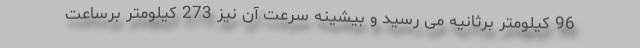
96 کیلومتر برثانیه می رسید و بیشینه سرعت آن نیز 273 کیلومتر برساعت